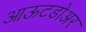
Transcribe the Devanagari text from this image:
आऊटडोअर